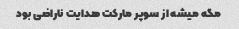
مگه میشه از سوپر مارکت هدایت ناراضی بود